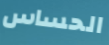
الحساس